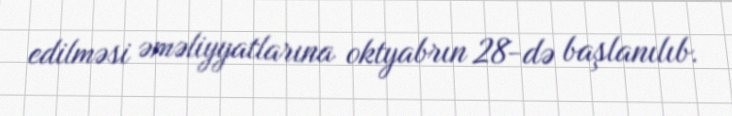
edilməsi əməliyyatlarına oktyabrın 28-də başlanılıb.